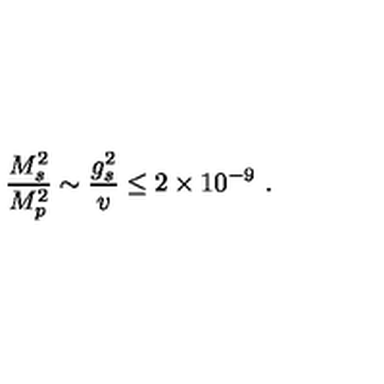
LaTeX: { \frac { M _ { s } ^ { 2 } } { M _ { p } ^ { 2 } } } \sim { \frac { g _ { s } ^ { 2 } } { v } } \leq 2 \times 1 0 ^ { - 9 } \ .